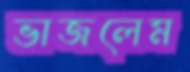
ভাজলেম